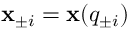
{ \bf x } _ { \pm i } = { \bf x } ( { q } _ { \pm i } )